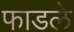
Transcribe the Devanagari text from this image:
फाडले